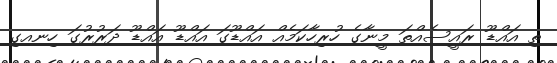
ތި އައްޑޫ ރައީސެއްތަ މީނާގެ ހުރިހާކަމެއް އައްޑޫގަ އައްޑޫ އައްޑޫ ދަރުރުގަ ހިނއގި